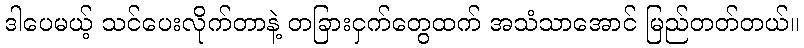
ဒါပေမယ့် သင်ပေးလိုက်တာနဲ့ တခြားငှက်တွေထက် အသံသာအောင် မြည်တတ်တယ်။